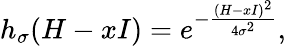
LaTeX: \begin{array}{r}{h_{\sigma}(H-xI)=e^{-\frac{(H-xI)^{2}}{4\sigma^{2}}},}\end{array}